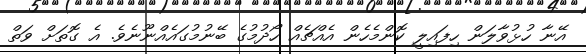
އޭނާ ހުޅުވާލަން ހިފައިލީ ކޮންމެހެން އެއްޗެއް ހޯދުމުގެ ބޭނުމުގައެއްނޫނެވެ. އެ ގޮތަށް ވަތް